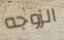
الزوجه